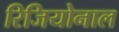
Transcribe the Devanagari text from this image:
रिजियोनाल